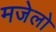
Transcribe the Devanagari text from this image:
मजेलो